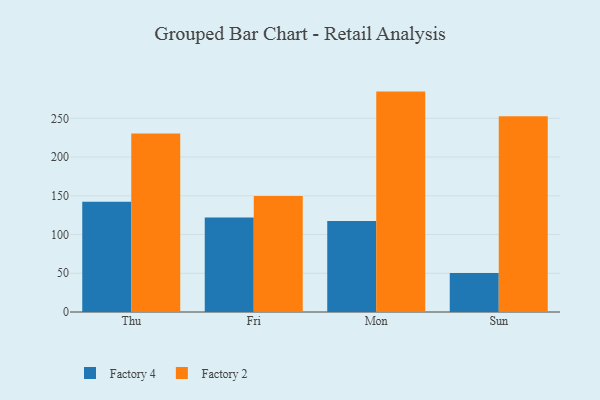
{"axis": {"x": "Day", "y": "Demand Index"}, "legend": ["Factory 2", "Factory 4"], "data": [{"x": "Thu", "y": 142.2, "type": "Factory 4"}, {"x": "Thu", "y": 230.3, "type": "Factory 2"}, {"x": "Fri", "y": 122.0, "type": "Factory 4"}, {"x": "Fri", "y": 149.7, "type": "Factory 2"}, {"x": "Mon", "y": 117.5, "type": "Factory 4"}, {"x": "Mon", "y": 284.5, "type": "Factory 2"}, {"x": "Sun", "y": 50.4, "type": "Factory 4"}, {"x": "Sun", "y": 252.8, "type": "Factory 2"}]}